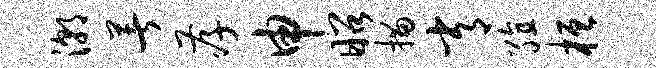
潮著孝申昭描常殖桓